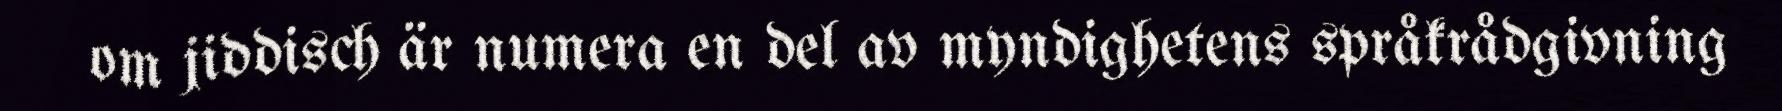
om jiddisch är numera en del av myndighetens språkrådgivning